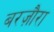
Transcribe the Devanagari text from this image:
बरज़ौरा